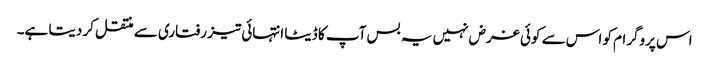
اس پروگرام کو اس سے کوئی غرض نہیں یہ بس آپ کا ڈیٹا انتہائی تیز رفتاری سے منتقل کر دیتا ہے۔